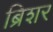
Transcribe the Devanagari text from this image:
ब्रिशर